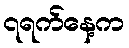
၇ရက်နေ့က